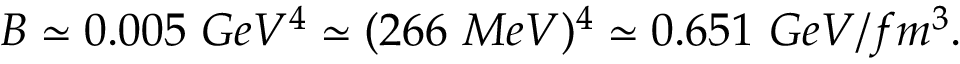
B \simeq 0 . 0 0 5 \ G e V ^ { 4 } \simeq ( 2 6 6 \ M e V ) ^ { 4 } \simeq 0 . 6 5 1 \ G e V / f m ^ { 3 } .